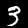
Digit: 3